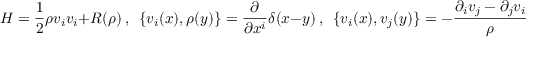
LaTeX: { \cal H } = { \frac { 1 } { 2 } } \rho v _ { i } v _ { i } + R ( \rho ) ~ , ~ ~ \{ v _ { i } ( x ) , \rho ( y ) \} = { \frac { \partial } { \partial x ^ { i } } } \delta ( x - y ) ~ , ~ ~ \{ v _ { i } ( x ) , v _ { j } ( y ) \} = - { \frac { \partial _ { i } v _ { j } - \partial _ { j } v _ { i } } { \rho } } \delta ( x - y ) .